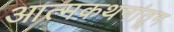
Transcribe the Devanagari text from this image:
आत्मकथनांतून